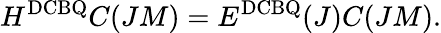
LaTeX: H^{\mathrm{DCBQ}}C(JM)=E^{\mathrm{DCBQ}}(J)C(JM).